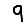
Digit: 9